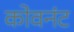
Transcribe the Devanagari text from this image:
कोवनंट